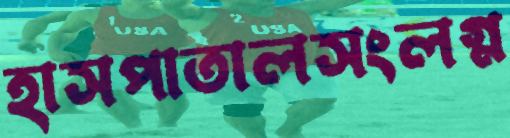
হাসপাতালসংলগ্ন